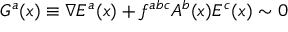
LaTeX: { \cal G } ^ { a } ( x ) \equiv \nabla E ^ { a } ( x ) + f ^ { a b c } A ^ { b } ( x ) E ^ { c } ( x ) \sim 0